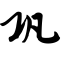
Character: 巩